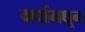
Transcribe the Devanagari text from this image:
वर्धामधून